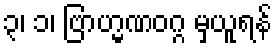
၃၊ ၁၊ ဗြာဟ္မဏဝဂ္ဂ မှယူရန်